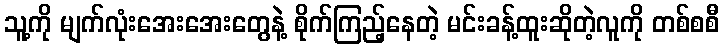
သူ့ကို မျက်လုံးအေးအေးတွေနဲ့ စိုက်ကြည့်နေတဲ့ မင်းခန့်ထူးဆိုတဲ့လူကို တစ်စစီ